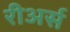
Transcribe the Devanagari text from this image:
रीअर्स